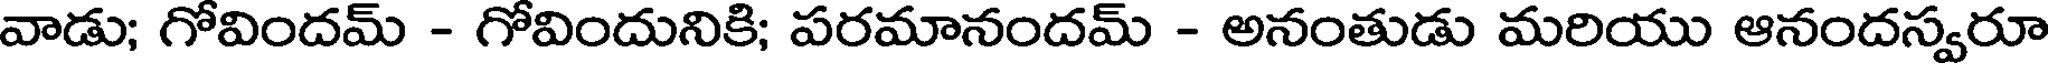
వాడు; గోవిందమ్ - గోవిందునికి; పరమానందమ్ - అనంతుడు మరియు ఆనందస్వరూ